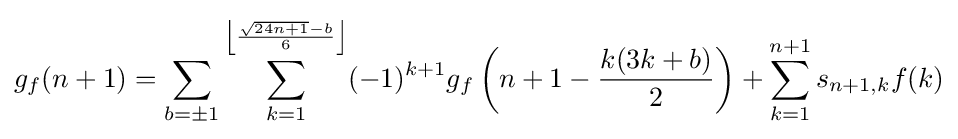
g_{f}(n+1)=\sum _{b=\pm 1}\sum _{k=1}^{\left\lfloor {\frac {{\sqrt {24n+1}}-b}{6}}\right\rfloor }(-1)^{k+1}g_{f}\left(n+1-{\frac {k(3k+b)}{2}}\right)+\sum _{k=1}^{n+1}s_{n+1,k}f(k)